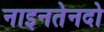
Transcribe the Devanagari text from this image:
नाइनतेनदो